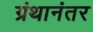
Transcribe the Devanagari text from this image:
ग्रंथानंतर